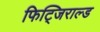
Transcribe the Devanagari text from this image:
फिट्जिराल्ड